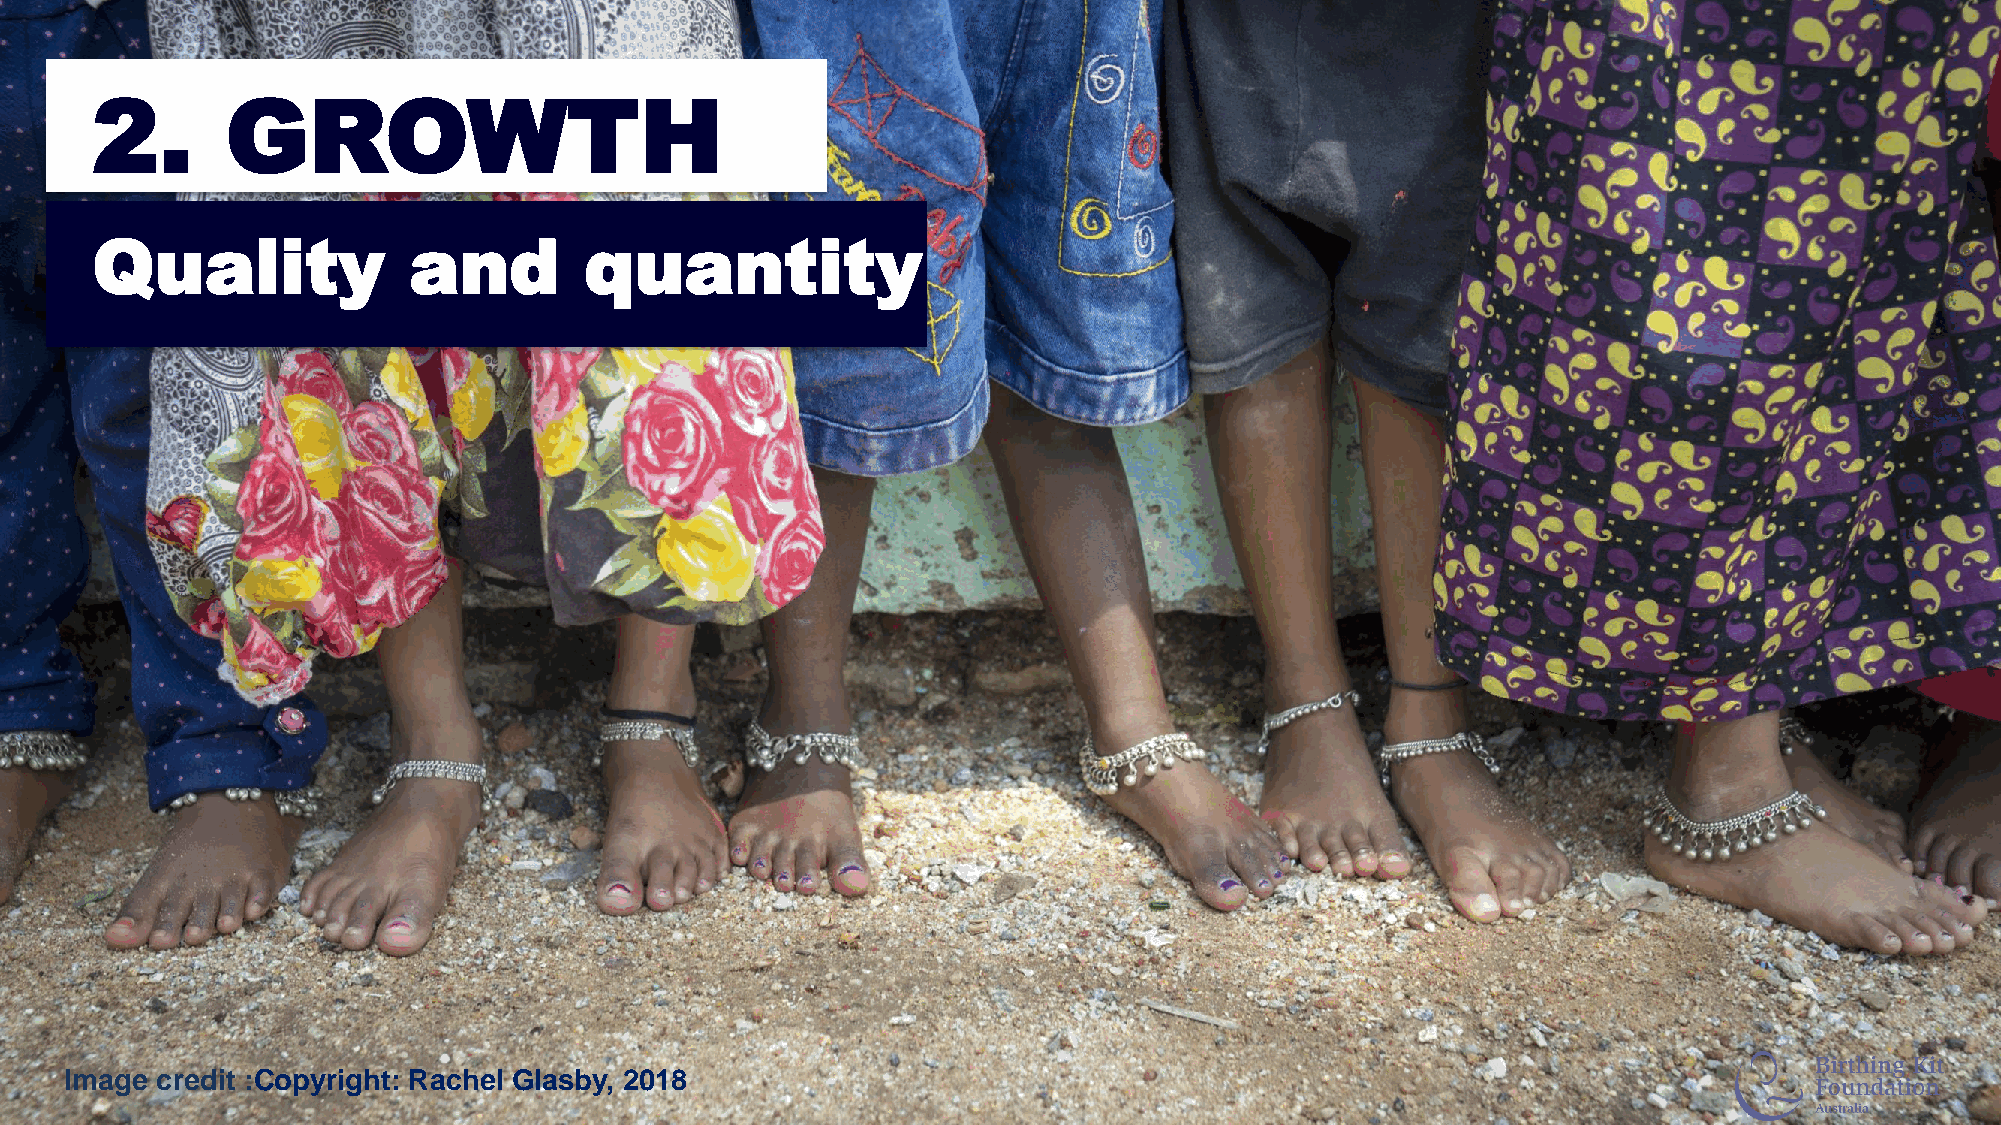
2.       GROWTH
 Quality              and         quantity
 Image credit :Copyright: Rachel Glasby, 2018